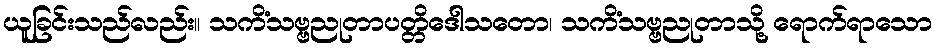
ယူခြင်းသည်လည်း။ သကိံသဗ္ဗညုတာပတ္တိဒေါသတော၊ သကိံသဗ္ဗညုတာသို့ ရောက်ရာသော